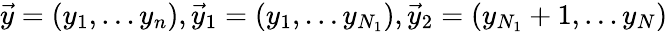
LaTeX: \vec{y}=(y_{1},\dots y_{n}),\vec{y}_{1}=(y_{1},\dots y_{N_{1}}),\vec{y}_{2}=(y_{N_{1}}+1,\dots y_{N})